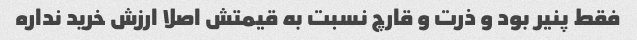
فقط پنیر بود و ذرت و قارچ نسبت به قیمتش اصلا ارزش خرید نداره